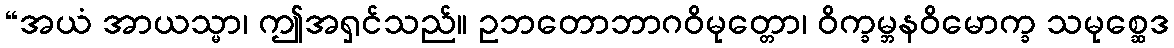
“အယံ အာယသ္မာ၊ ဤအရှင်သည်။ ဥဘတောဘာဂဝိမုတ္တော၊ ဝိက္ခမ္ဘနဝိမောက္ခ သမုစ္ဆေဒ